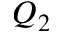
Q _ { 2 }